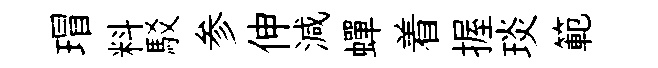
瑁料駁参伸減蟬着握琰範